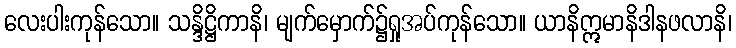
လေးပါးကုန်သော။ သန္ဒိဋ္ဌိကာနိ၊ မျက်မှောက်၌ရှုအပ်ကုန်သော။ ယာနိဣမာနိဒါနဖလာနိ၊